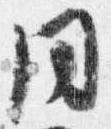
同